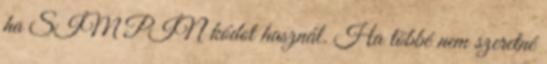
ha SIM PIN kódot használ. Ha többé nem szeretné